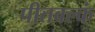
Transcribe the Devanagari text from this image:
पीतवल्कं